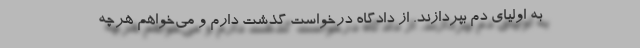
به اولیای‌ دم بپردازند. از دادگاه درخواست گذشت دارم و می‌خواهم هرچه